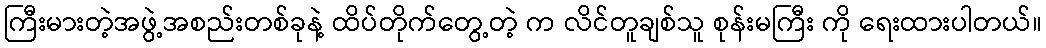
ကြီးမားတဲ့အဖွဲ့အစည်းတစ်ခုနဲ့ ထိပ်တိုက်တွေ့တဲ့ က လိင်တူချစ်သူ စုန်းမကြီး ကို ရေးထားပါတယ်။